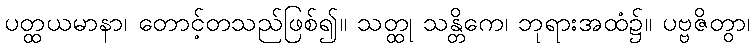
ပတ္ထယမာနာ၊ တောင့်တသည်ဖြစ်၍။ သတ္ထု သန္တိကေ၊ ဘုရားအထံ၌။ ပဗ္ဗဇိတွာ၊